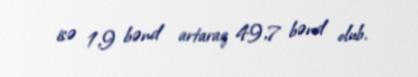
isə 1,9 bənd artaraq 49,7 bənd olub.